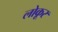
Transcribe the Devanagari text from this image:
लोकूर